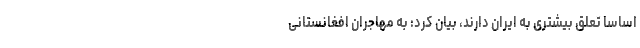
اساساً تعلق بیشتری به ایران دارند، بیان کرد: به مهاجران افغانستانی